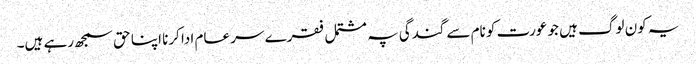
یہ کون لوگ ہیں جو عورت کو نام سے گندگی پہ مشتمل فقرے سر عام ادا کرنا اپنا حق سمجھ رہے ہیں۔